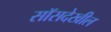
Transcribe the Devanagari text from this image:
सॉसदेखील